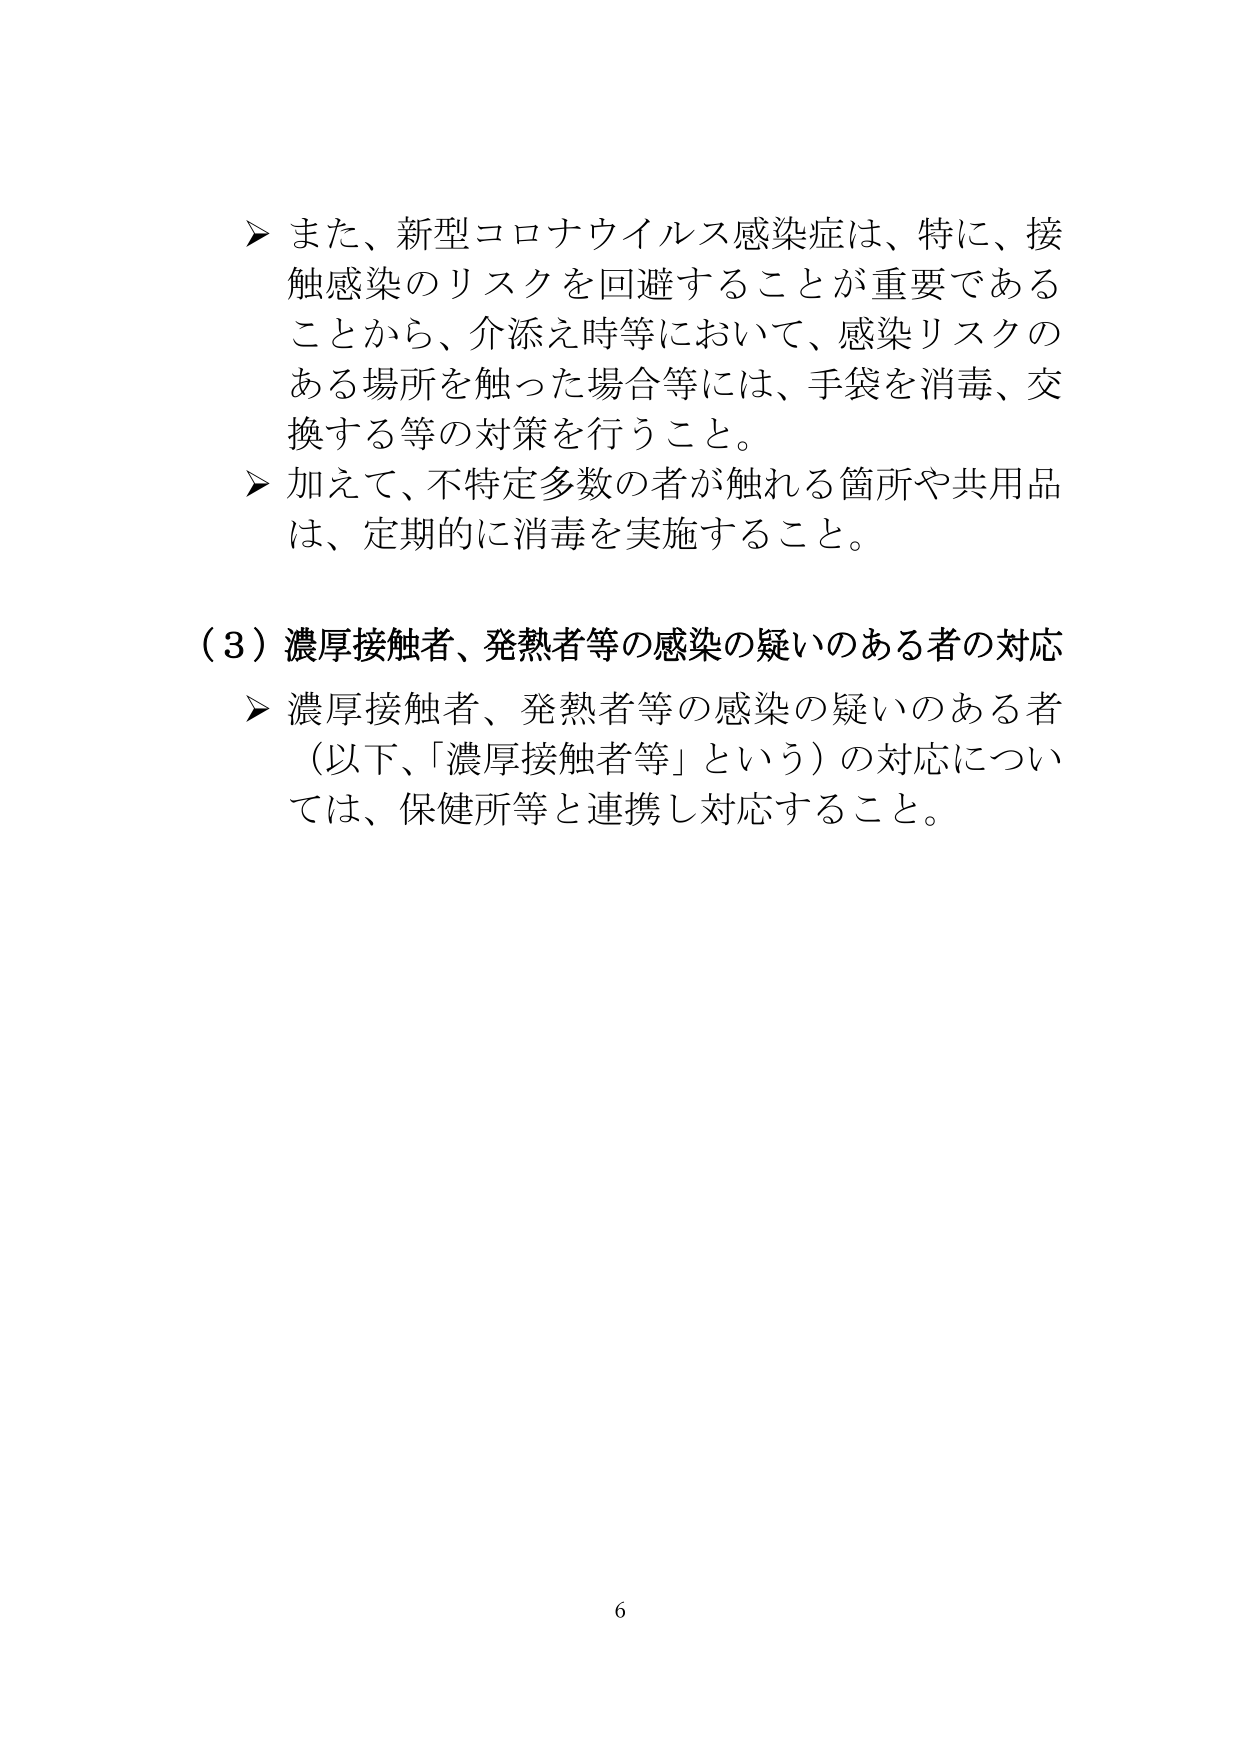
➤ また、新型コロナウイルス感染症は、特に、接触感染のリスクを回避することが重要であることから、介添え時等において、感染リスクのある場所を触った場合等には、手袋を消毒、交換する等の対策を行うこと。

➤ 加えて、不特定多数の者が触れる箇所や共用品は、定期的に消毒を実施すること。

（3）濃厚接触者、発熱者等の感染の疑いのある者の対応
➤ 濃厚接触者、発熱者等の感染の疑いのある者（以下、「濃厚接触者等」という）の対応については、保健所等と連携し対応すること。

6